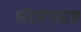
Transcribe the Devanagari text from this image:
भोजनग्रह